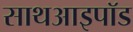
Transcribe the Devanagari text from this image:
साथआइपॉड